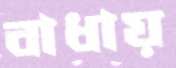
বাধায়